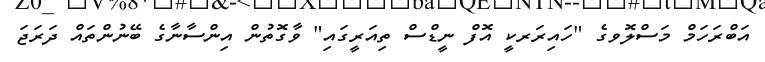
އަބްރަހަމް މަސްލޮވގެ "ހައިރަރކީ އޮފް ނީޑްސް ތިއަރީގައި" ވާގޮތުން އިންސާނާގެ ބޭނުންތައް ދަރަޖަ